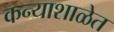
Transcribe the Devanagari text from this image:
कन्याशाळेत